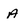
Character: a